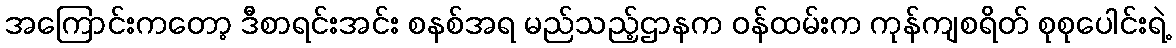
အကြောင်းကတော့ ဒီစာရင်းအင်း စနစ်အရ မည်သည့်ဌာနက ဝန်ထမ်းက ကုန်ကျစရိတ် စုစုပေါင်းရဲ့